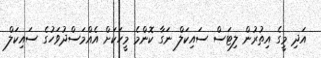
އަދި މީގެ އިތުރުން ލިޓަސް ސައިކަލް ނަގާ ކޮންމެ މީހަކަށް އެއްމަސްދުވަހުގެ ސައިކަލް